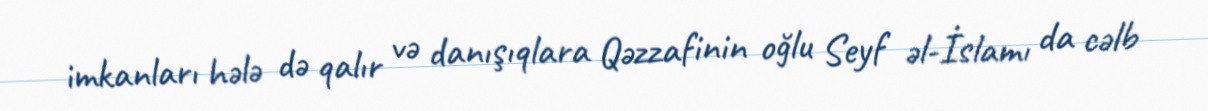
imkanları hələ də qalır və danışıqlara Qəzzafinin oğlu Seyf əl-İslamı da cəlb